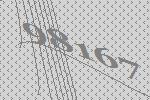
98167